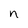
Character: n